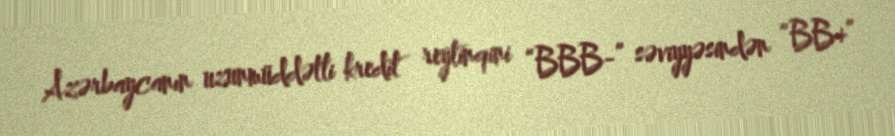
Azərbaycanın uzunmüddətli kredit reytinqini “BBB-” səviyyəsindən “BB+”